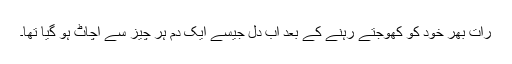
رات بھر خود کو کھوجتے رہنے کے بعد اب دل جیسے ایک دم ہر چیز سے اچاٹ ہو گیا تھا۔